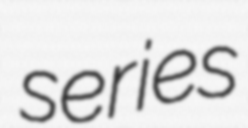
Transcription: series